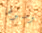
وصولها